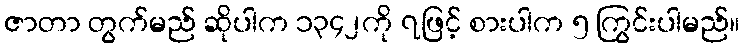
ဇာတာ တွက်မည် ဆိုပါက ၁၃၄၂ကို ၇ဖြင့် စားပါက ၅ ကြွင်းပါမည်။